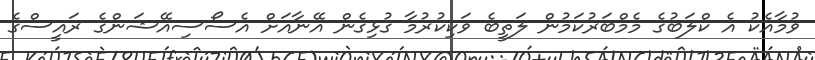
ވުމާއެކު އެ ކްލަބުގެ މެމްބަރުކަމުން ލަތީބެ ވަކިކުރުމާ ގުޅިގެން އޭނާއަށް އެސޯސިއޭޝަންގެ ރައީސްގެ